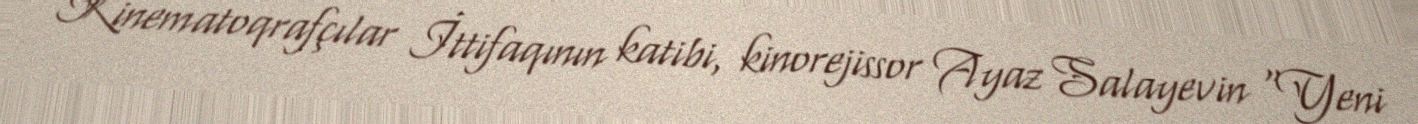
Kinematoqrafçılar İttifaqının katibi, kinorejissor Ayaz Salayevin “Yeni